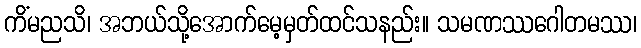
ကိံမညသိ၊ အဘယ်သို့အောက်မေ့မှတ်ထင်သနည်း။ သမဏဿဂေါတမဿ၊